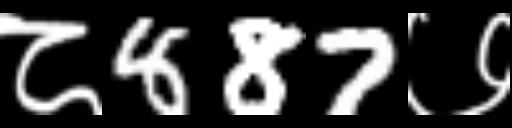
Text: ८887७